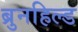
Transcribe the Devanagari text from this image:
ब्रुनहिल्ड